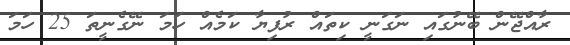
ރާއްޖޭން ބޭނުގައި ނަގަނީ ކިތައް ރުފިޔާ ކަމެއް ހަމަ ނޭގެނީތަ 25 ހަމަ